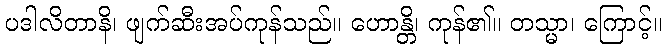
ပဒါလိတာနိ၊ ဖျက်ဆီးအပ်ကုန်သည်။ ဟောန္တိ၊ ကုန်၏။ တသ္မာ၊ ကြောင့်။